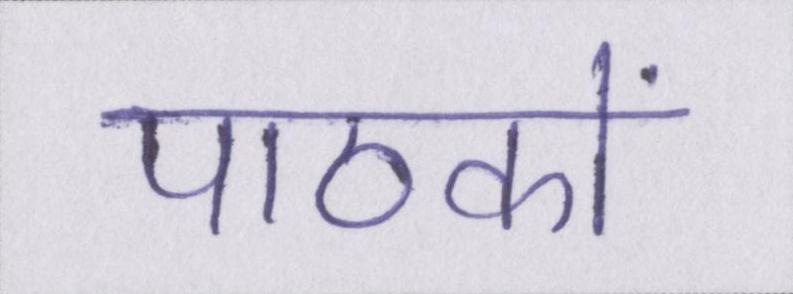
पाठकों